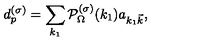
d _ { p } ^ { ( \sigma ) } = \sum _ { k _ { 1 } } { \cal P } _ { \Omega } ^ { ( \sigma ) } ( k _ { 1 } ) a _ { k _ { 1 } { \vec { k } } } ,